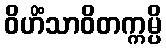
ဝိဟိံသာဝိတက္ကမ္ပိ